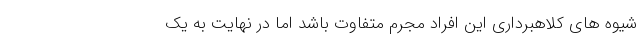
شیوه های کلاهبرداری این افراد مجرم متفاوت باشد اما در نهایت به یک